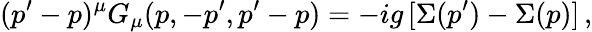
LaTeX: (p^{\prime}-p)^{\mu}G_{\mu}(p,-p^{\prime},p^{\prime}-p)=-ig\, [\Sigma(p^{\prime})-\Sigma(p)]\, ,